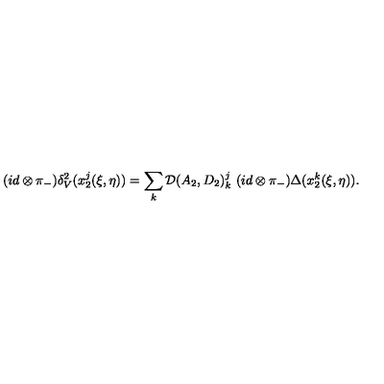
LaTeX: ( i d \otimes \pi _ { - } ) \delta _ { V } ^ { 2 } ( x _ { 2 } ^ { j } ( \xi , \eta ) ) = \sum _ { k } { \cal D } ( A _ { 2 } , D _ { 2 } ) _ { k } ^ { j } \ ( i d \otimes \pi _ { - } ) \Delta ( x _ { 2 } ^ { k } ( \xi , \eta ) ) .